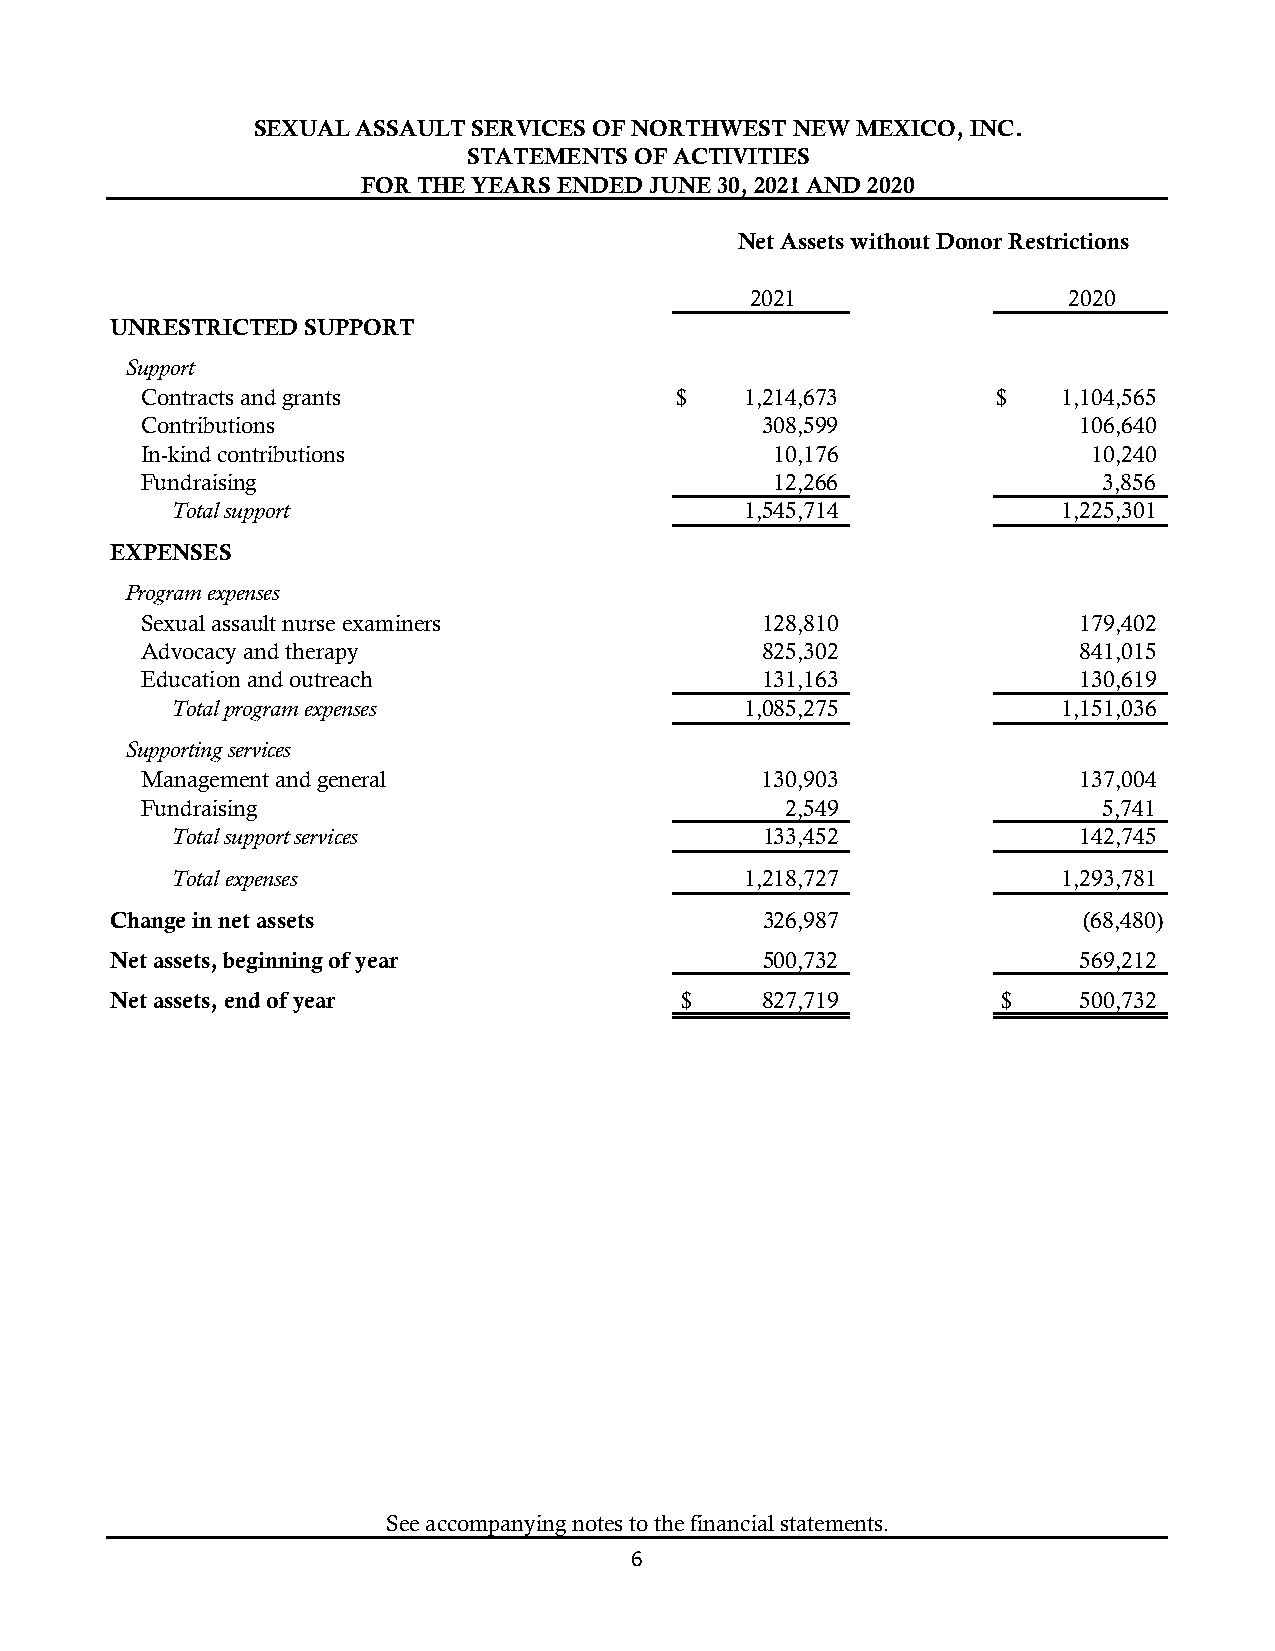
SEXUAL ASSAULT SERVICES OF NORTHWEST NEW MEXICO, INC.
 STATEMENTS OF ACTIVITIES
 FOR THE YEARS ENDED JUNE 30, 2021 AND 2020
 Net Assets without Donor Restrictions
 2021                 2020
 UNRESTRICTED SUPPORT
 Support
 Contracts and grants                $   1,214,673        $   1,104,565
 Contributions                            308,599              106,640
 In-kind contributions                     10,176               10,240
 Fundraising                               12,266                3,856
 Total support                         1,545,714            1,225,301
 EXPENSES
 Program expenses
 Sexual assault nurse examiners           128,810              179,402
 Advocacy and therapy                     825,302              841,015
 Education and outreach                   131,163              130,619
 Total program expenses                1,085,275            1,151,036
 Supporting services
 Management and general                   130,903              137,004
 Fundraising                                2,549                5,741
 Total support services                 133,452              142,745
 Total expenses                        1,218,727            1,293,781
 Change in net assets                       326,987               (68,480)
 Net assets, beginning of year              500,732              569,212
 Net assets, end of year               $    827,719         $    500,732
 See accompanying notes to the financial statements.
 6